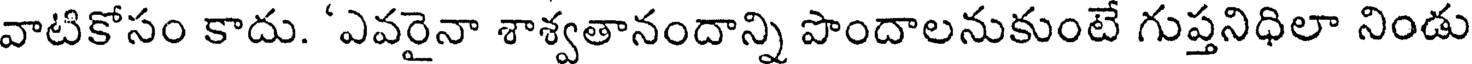
వాటికోసం కాదు. 'ఎవరైనా శాశ్వతానందాన్ని పొందాలనుకుంటే గుప్తనిధిలా నిండు